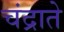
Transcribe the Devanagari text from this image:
चंद्राते